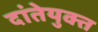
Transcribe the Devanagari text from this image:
दांतेयुक्त